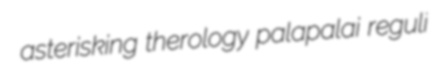
asterisking therology palapalai reguli